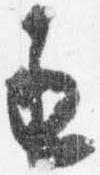
丞